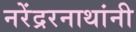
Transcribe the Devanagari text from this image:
नरेंद्ररनाथांनी